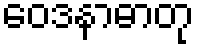
ဝေဒနာဓာတု